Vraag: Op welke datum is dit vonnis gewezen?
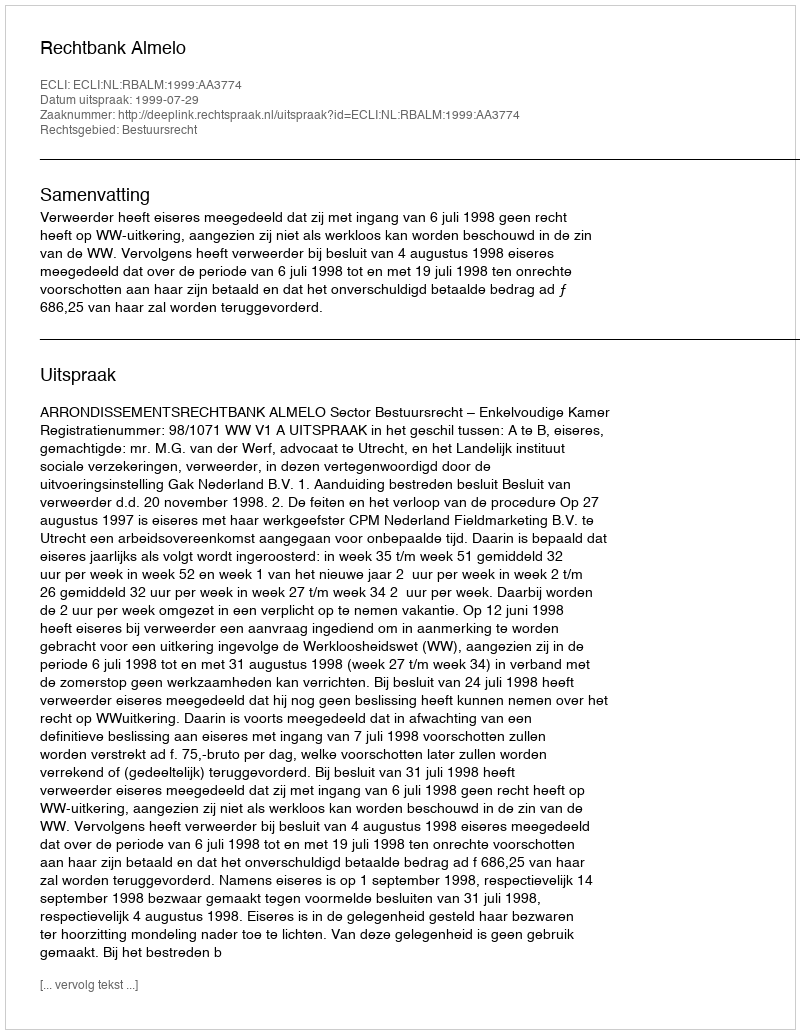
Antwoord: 1999-07-29